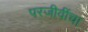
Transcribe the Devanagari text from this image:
परजीवींचा